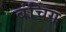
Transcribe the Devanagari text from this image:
बंचिंग